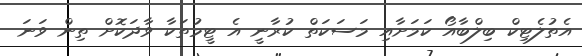
އެތުލެޓިކް ބިލްބާއޯ ކަމަށާއި މަސަކަތް ކުރާނީ އެ ޓީމުތަކާ ވާދަކޮށް ތިން ވަނަ